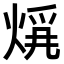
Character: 𤊚